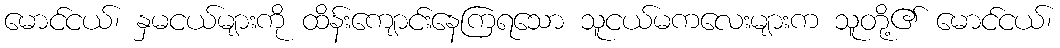
မောင်ငယ်၊ နှမငယ်များကို ထိန်းကျောင်းနေကြရသော သူငယ်မကလေးများက သူတို့၏ မောင်ငယ်၊